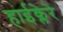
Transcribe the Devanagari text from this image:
हाईक्लेरे